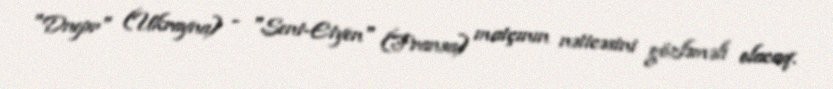
"Dnepr" (Ukrayna) - "Sent-Etyen" (Fransa) matçının nəticəsini gözləməli olacaq.